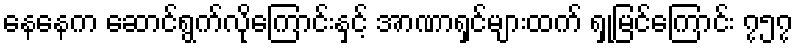
နေနေက ဆောင်ရွက်လိုကြောင်းနှင့် အာဏာရှင်များထက် ရှုမြင်ကြောင်း ၇၅၇